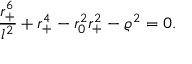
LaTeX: { \frac { r _ { + } ^ { 6 } } { l ^ { 2 } } } + r _ { + } ^ { 4 } - r _ { 0 } ^ { 2 } r _ { + } ^ { 2 } - \varrho ^ { 2 } = 0 .